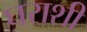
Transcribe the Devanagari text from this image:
घराशी